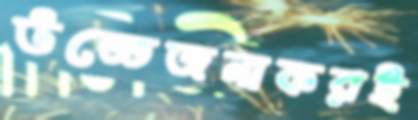
উত্তেজনাকরই